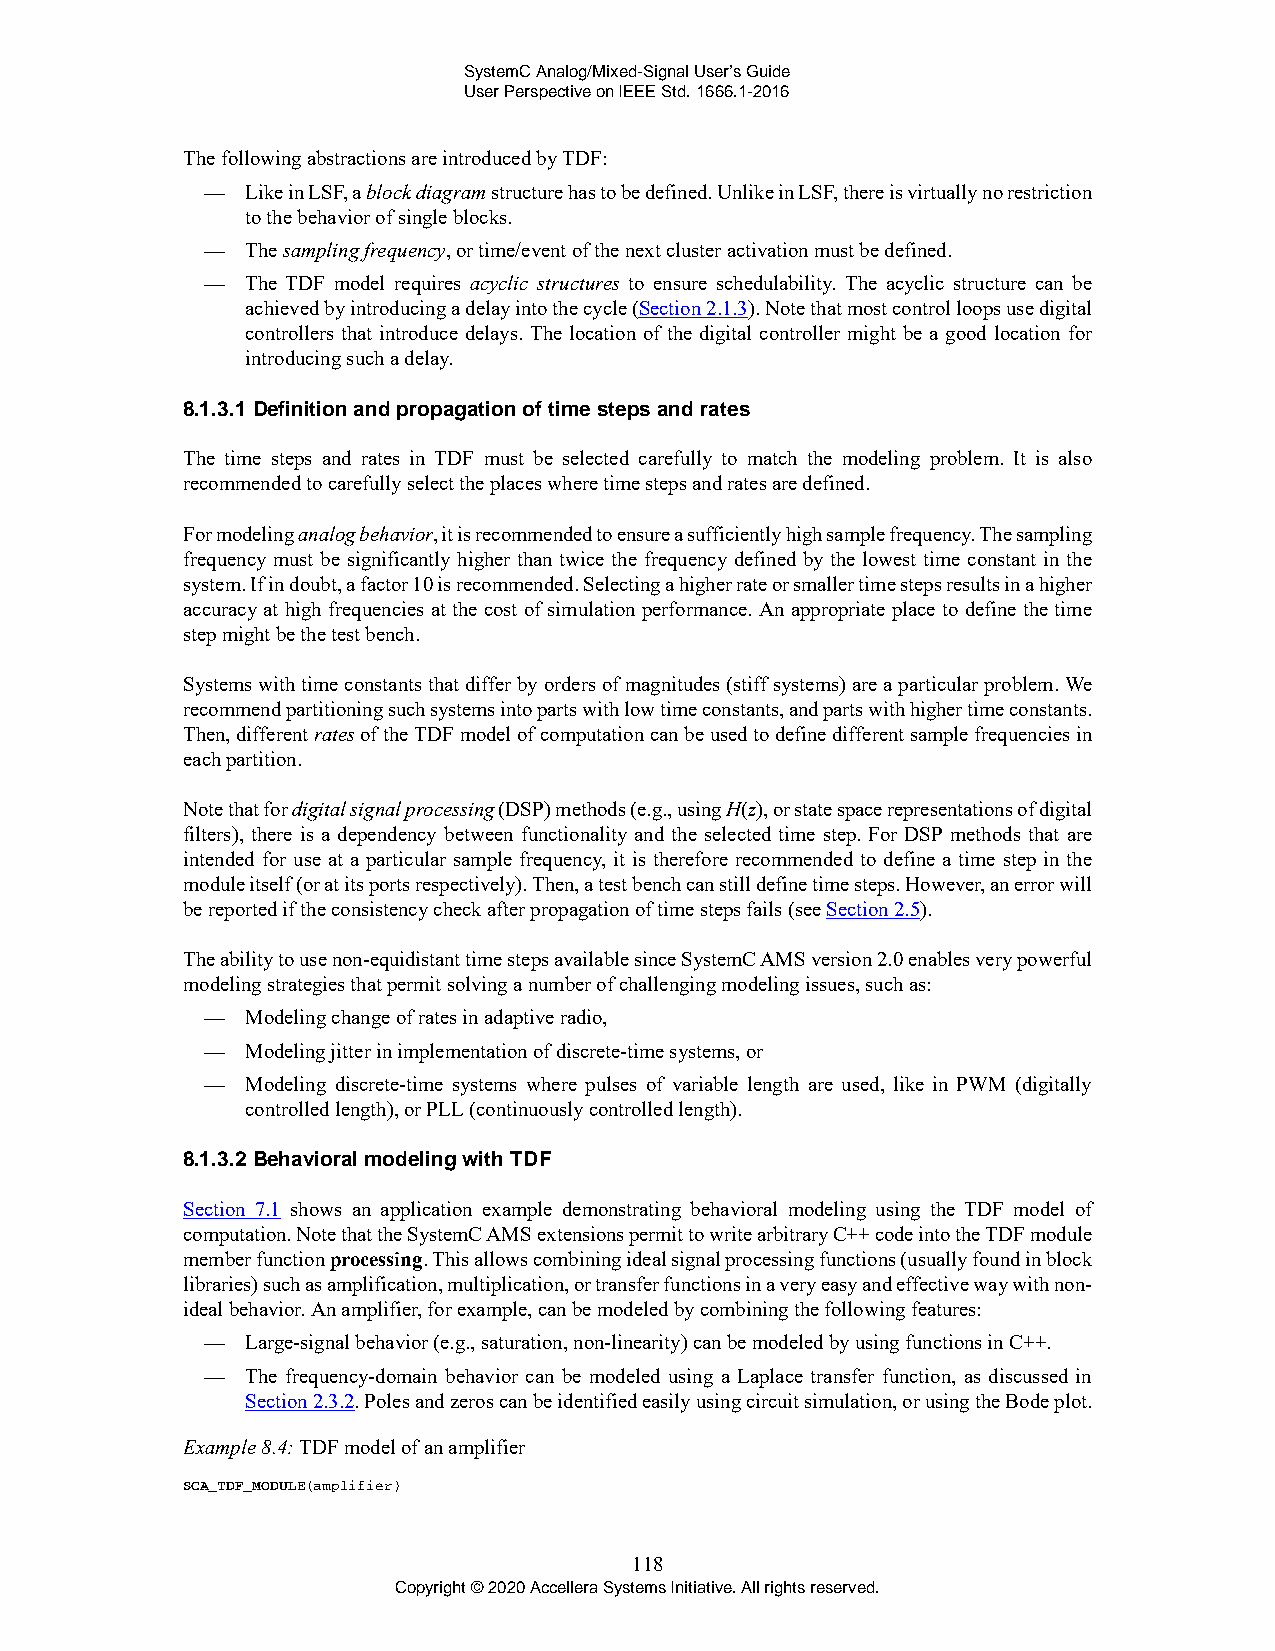
SystemC Analog/Mixed-Signal User’s Guide
 User Perspective on IEEE Std. 1666.1-2016
 The following abstractions are introduced by TDF:
 —  Like in LSF, a block diagram structure has to be defined. Unlike in LSF, there is virtually no restriction
 to the behavior of single blocks.
 —  The sampling frequency, or time/event of the next cluster activation must be defined.
 —  The TDF model requires acyclic structures to ensure schedulability. The acyclic structure can be
 achieved by introducing a delay into the cycle (Section 2.1.3). Note that most control loops use digital
 controllers that introduce delays. The location of the digital controller might be a good location for
 introducing such a delay.
 8.1.3.1 Definition and propagation of time steps and rates
 The time steps and rates in TDF must be selected carefully to match the modeling problem. It is also
 recommended to carefully select the places where time steps and rates are defined.
 For modeling analog behavior, it is recommended to ensure a sufficiently high sample frequency. The sampling
 frequency must be significantly higher than twice the frequency defined by the lowest time constant in the
 system. If in doubt, a factor 10 is recommended. Selecting a higher rate or smaller time steps results in a higher
 accuracy at high frequencies at the cost of simulation performance. An appropriate place to define the time
 step might be the test bench.
 Systems with time constants that differ by orders of magnitudes (stiff systems) are a particular problem. We
 recommend partitioning such systems into parts with low time constants, and parts with higher time constants.
 Then, different rates of the TDF model of computation can be used to define different sample frequencies in
 each partition.
 Note that for digital signal processing (DSP) methods (e.g., using H(z), or state space representations of digital
 filters), there is a dependency between functionality and the selected time step. For DSP methods that are
 intended for use at a particular sample frequency, it is therefore recommended to define a time step in the
 module itself (or at its ports respectively). Then, a test bench can still define time steps. However, an error will
 be reported if the consistency check after propagation of time steps fails (see Section 2.5).
 The ability to use non-equidistant time steps available since SystemC AMS version 2.0 enables very powerful
 modeling strategies that permit solving a number of challenging modeling issues, such as:
 —  Modeling change of rates in adaptive radio,
 —  Modeling jitter in implementation of discrete-time systems, or
 —  Modeling discrete-time systems where pulses of variable length are used, like in PWM (digitally
 controlled length), or PLL (continuously controlled length).
 8.1.3.2 Behavioral modeling with TDF
 Section 7.1 shows an application example demonstrating behavioral modeling using the TDF model of
 computation. Note that the SystemC AMS extensions permit to write arbitrary C++ code into the TDF module
 member function processing. This allows combining ideal signal processing functions (usually found in block
 libraries) such as amplification, multiplication, or transfer functions in a very easy and effective way with non-
 ideal behavior. An amplifier, for example, can be modeled by combining the following features:
 —  Large-signal behavior (e.g., saturation, non-linearity) can be modeled by using functions in C++.
 —  The frequency-domain behavior can be modeled using a Laplace transfer function, as discussed in
 Section 2.3.2. Poles and zeros can be identified easily using circuit simulation, or using the Bode plot.
 Example 8.4: TDF model of an amplifier
 SCA_TDF_MODULE(amplifier)
 118
 Copyright © 2020 Accellera Systems Initiative. All rights reserved.